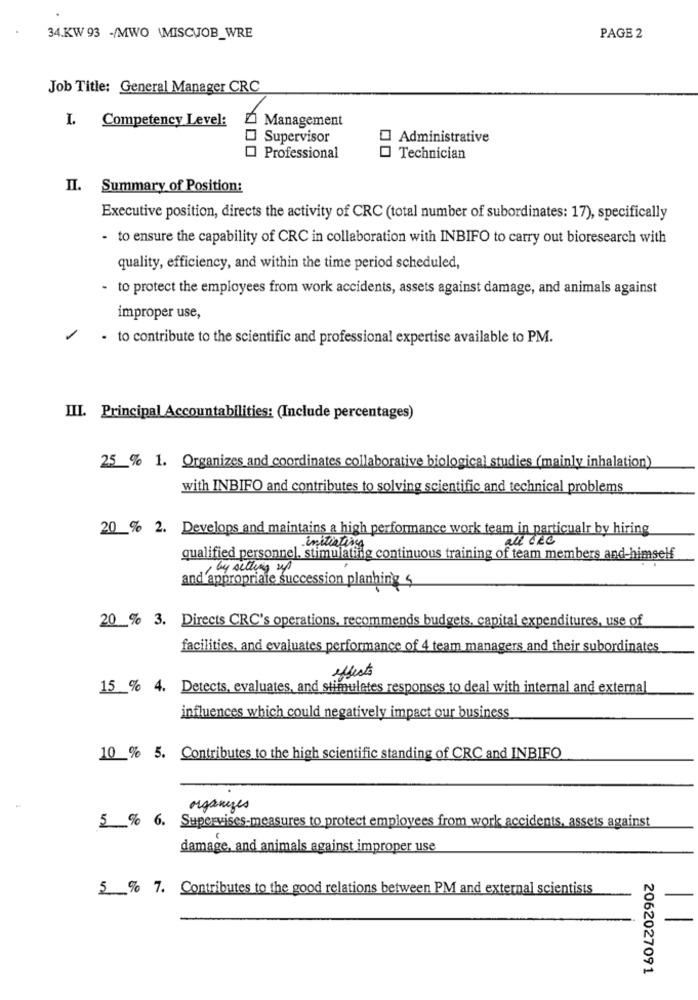
34.KW 93 -/MWO \MISCJOB_WRE
PAGE 2
Job Title: General Manager CRC
I. Competency Level:
Management
Supervisor
Administrative
Professional
Technician
II. Summary of Position:
Executive position, directs the activity of CRC (total number of subordinates: 17), specifically
- to ensure the capability of CRC in collaboration with INBIFO to carry out bioresearch with
quality, efficiency, and within the time period scheduled,
- to protect the employees from work accidents, assets against damage, and animals against
improper use,
- to contribute to the scientific and professional expertise available to PM.
III. Principal Accountabilities: (Include percentages)
25 % 1. Organizes and coordinates collaborative biological studies (mainly inhalation)
with INBIFO and contributes to solving scientific and technical problems
20 % 2. Develops and maintains a high performance work team in particualr by hiring
all ORG
initiating
qualified personnel. stimulating continuous training of team members and-himself
, by setting up
and appropriate succession planning
20 % 3. Directs CRC's operations, recommends budgets, capital expenditures, use of
facilities, and evaluates performance of 4 team managers and their subordinates
effects
15% 4. Detects, evaluates, and stimulates responses to deal with internal and external
influences which could negatively impact our business
10 % 5. Contributes to the high scientific standing of CRC and INBIFO
organizes
5 % 6. Supervises-measures to protect employees from work accidents, assets against
damage, and animals against improper use
5 % 7. Contributes to the good relations between PM and external scientists
2062027091